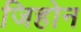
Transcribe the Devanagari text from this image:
जिहोन